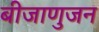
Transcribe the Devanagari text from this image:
बीजाणुजन